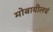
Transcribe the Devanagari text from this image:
मोबायीलचं